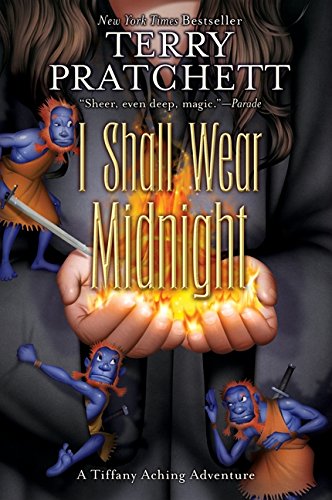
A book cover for I Shall Wear Midnight (Tiffany Aching); Terry Pratchett; Teen & Young Adult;